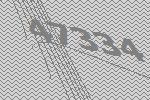
47334